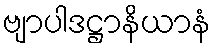
ဗျာပါဒဋ္ဌာနိယာနံ